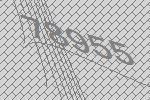
78955